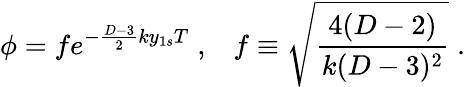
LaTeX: \phi=fe^{-\frac{D-3}{2}ky_{1s}T}\; ,\; \; \; f\equiv\sqrt{\frac{4(D-2)}{k(D-3)^{2}}}\; .